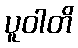
ပူဝါတိ